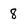
Character: 8